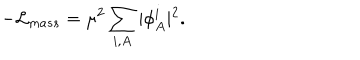
LaTeX: - { \cal L } _ { m a s s } = \mu ^ { 2 } \sum _ { i , A } \vert \phi _ { A } ^ { i } \vert ^ { 2 } .